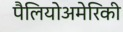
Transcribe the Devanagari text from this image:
पैलियोअमेरिकी